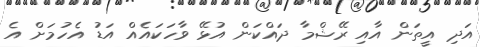
އަދި އީތަން އާއި ރޭޝްމާ ދައްކަން އުޅޭ ވާހަކައެއް އަޑު އެހުމަށް އެ